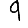
Digit: 9